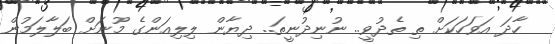
ހާދަ އަވަހަކަށް ތި ތެދުވީ.. ނުނިދުނީތަ.. ދިޔާން ލިލިއަންގެ މޫނަށް ބަލާލަމުން